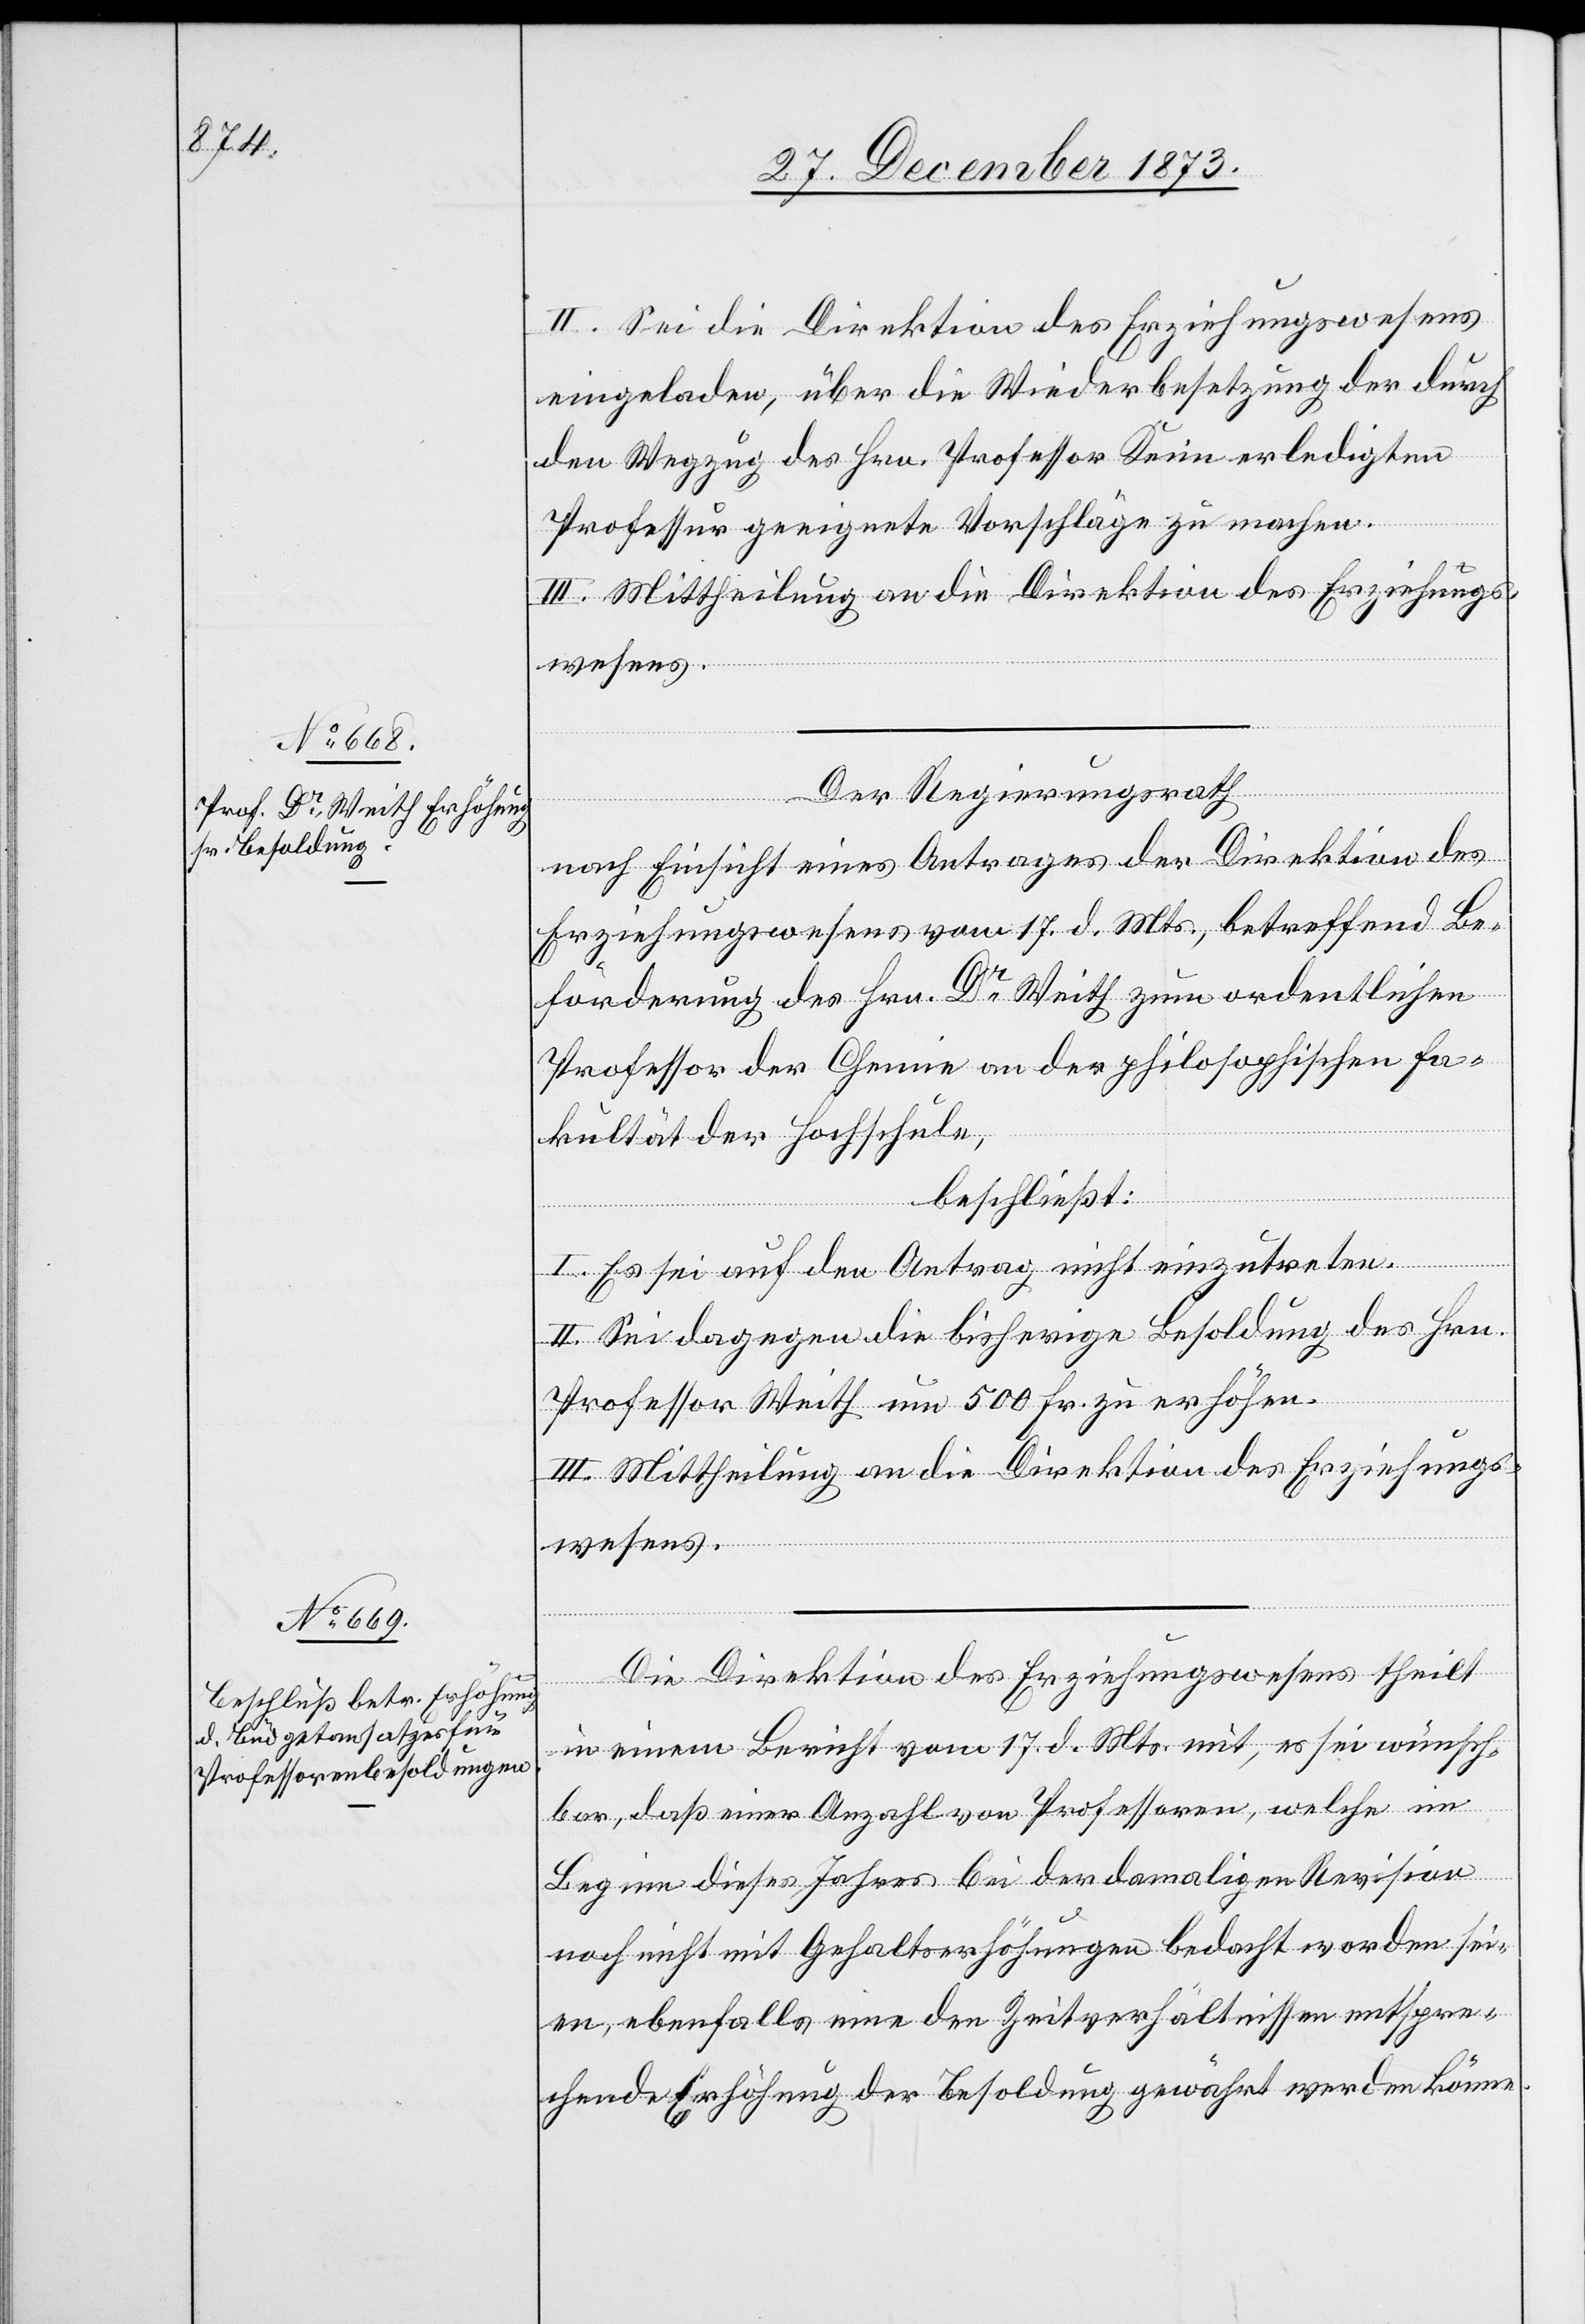
II. Sei die Direktion des Erziehungswesens
eingeladen, über die Wiederbesetzung der durch
den Wegzug des Hrn. Professor Keim erledigten
Professur geeignete Vorschläge zu machen.
III. Mittheilung an die Direktion des Erziehungs¬
wesens.
Der Regierungsrath
nach Einsicht eines Antrages der Direktion des
Erziehungswesens vom 17. d. Mts., betreffend Be¬
förderung des Hrn. Dr Weith zum ordentlichen
Professor der Chemie an der philosophischen Fa¬
kultät der Hochschule,
beschließt:
I. Es sei auf den Antrag nicht einzutreten.
II. Sei dagegen die bisherige Besoldung des Hrn.
Professor Weith um 500 Fr. zu erhöhen.
III. Mittheilung an die Direktion des Erziehungs¬
wesens.
Die Direktion des Erziehungswesens theilt
in einem Bericht vom 17. d. Mts. mit, es sei wünsch¬
bar, daß einer Anzahl von Professoren, welche im
Beginn dieses Jahres bei der damaligen Revision
noch nicht mit Gehaltserhöhungen bedacht worden sei¬
en, ebenfalls eine den Zeitverhältnissen entspre¬
chende Erhöhung der Besoldung gewährt werden könne.